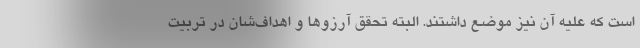
است كه عليه آن نيز موضع داشتند. البته تحقق آرزوها و اهداف‌شان در تربيت